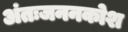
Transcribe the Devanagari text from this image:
अंतःजननकोश